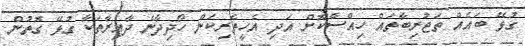
ގުޅޭ ބައެއް ތަޖުރިބާތައް ހިއްސާކޮށް އަދި އެހީތެރިކަން ހޯދިދާނެ ދާއިރާތަކާ ގުޅޭ ގޮތުން